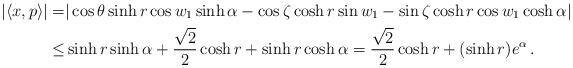
LaTeX: \begin{align*}|\langle x,p\rangle|=&|\cos\theta \sinh r \cos w_1\sinh\alpha-\cos \zeta \cosh r \sin w_1-\sin \zeta \cosh r \cos w_1\cosh\alpha| \\\leq& \sinh r\sinh \alpha+\frac{\sqrt{2}}{2}\cosh r+\sinh r\cosh\alpha=\frac{\sqrt{2}}{2}\cosh r+(\sinh r) e^{\alpha}\,.\end{align*}